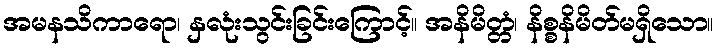
အမနသိကာရော၊ နှလုံးသွင်းခြင်းကြောင့်။ အနိမိတ္တံ၊ နိစ္စနိမိတ်မရှိသော။